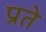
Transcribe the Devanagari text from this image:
प्रते